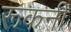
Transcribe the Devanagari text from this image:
रूकनी